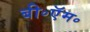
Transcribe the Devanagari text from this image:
बी॰ऍम॰